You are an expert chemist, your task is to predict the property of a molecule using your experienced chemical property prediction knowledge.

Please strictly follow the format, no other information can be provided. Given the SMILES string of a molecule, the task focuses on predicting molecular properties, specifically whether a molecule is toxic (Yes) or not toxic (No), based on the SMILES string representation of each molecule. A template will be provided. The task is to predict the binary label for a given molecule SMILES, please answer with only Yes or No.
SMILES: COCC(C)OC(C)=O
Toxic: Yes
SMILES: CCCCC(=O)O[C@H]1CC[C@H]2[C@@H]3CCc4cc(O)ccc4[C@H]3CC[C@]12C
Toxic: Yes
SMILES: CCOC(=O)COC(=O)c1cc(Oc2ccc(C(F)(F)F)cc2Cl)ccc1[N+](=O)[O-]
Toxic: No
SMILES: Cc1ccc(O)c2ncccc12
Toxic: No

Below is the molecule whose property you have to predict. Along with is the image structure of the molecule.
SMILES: CCOC(=O)[C@H](CCc1ccccc1)N[C@@H](C)C(=O)N1[C@H](C(=O)O)C[C@H]2CCCC[C@@H]21
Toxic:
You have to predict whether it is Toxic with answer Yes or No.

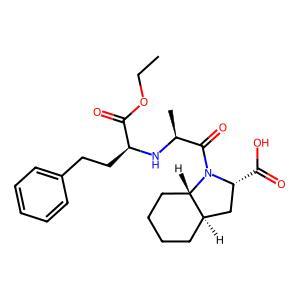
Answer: No